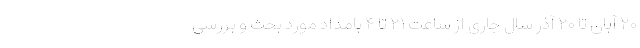
۲۰ آبان تا ۲۰ آذر سال جاری از ساعت ۲۱ تا ۴ بامداد مورد بحث و بررسی